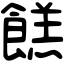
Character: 餻